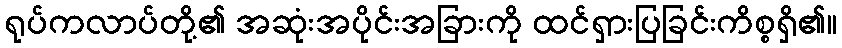
ရုပ်ကလာပ်တို့၏ အဆုံးအပိုင်းအခြားကို ထင်ရှားပြခြင်းကိစ္စရှိ၏။